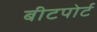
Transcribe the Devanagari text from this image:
बीटपोर्ट